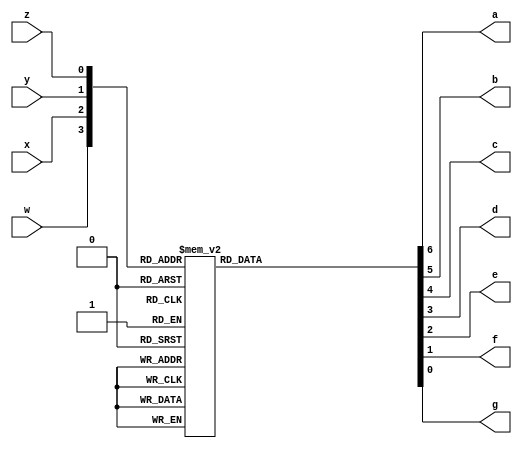
// This program was cloned from: https://github.com/rolo-g/TRISC-Processor
// License: MIT License

//Rolando Rosales 1001850424 - 4 bit binary to seven segment hex
module sevenseghex (
	input w, x, y, z,
	output reg a, b, c, d, e, f, g);
	always @ (w, c, y, z) begin
		case ({w, x, y, z})
			4'b0000: {a, b, c, d, e, f, g} = 7'b0000001; //0
			4'b0001: {a, b, c, d, e, f, g} = 7'b1001111; //1
			4'b0010: {a, b, c, d, e, f, g} = 7'b0010010; //2
			4'b0011: {a, b, c, d, e, f, g} = 7'b0000110; //3
			4'b0100: {a, b, c, d, e, f, g} = 7'b1001100; //4
			4'b0101: {a, b, c, d, e, f, g} = 7'b0100100; //5
			4'b0110: {a, b, c, d, e, f, g} = 7'b0100000; //6
			4'b0111: {a, b, c, d, e, f, g} = 7'b0001111; //7
			4'b1000: {a, b, c, d, e, f, g} = 7'b0000000; //8
			4'b1001: {a, b, c, d, e, f, g} = 7'b0001100; //9
			4'b1010: {a, b, c, d, e, f, g} = 7'b0001000; //A
			4'b1011: {a, b, c, d, e, f, g} = 7'b1100000; //b
			4'b1100: {a, b, c, d, e, f, g} = 7'b0110001; //C
			4'b1101: {a, b, c, d, e, f, g} = 7'b1000010; //d
			4'b1110: {a, b, c, d, e, f, g} = 7'b0110000; //E
			4'b1111: {a, b, c, d, e, f, g} = 7'b0111000; //F
		endcase
	end
endmodule